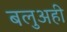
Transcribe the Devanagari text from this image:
बलुअही